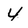
Character: 4